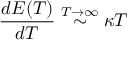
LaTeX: \frac { d E ( T ) } { d T } \stackrel { T \rightarrow \infty } { \sim } \kappa T